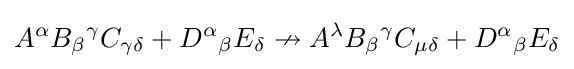
A^{\alpha }B_{\beta }{}^{\gamma }C_{\gamma \delta }+D^{\alpha }{}_{\beta }{}E_{\delta }\nrightarrow A^{\lambda }B_{\beta }{}^{\gamma }C_{\mu \delta }+D^{\alpha }{}_{\beta }{}E_{\delta }